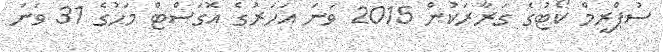
ސުޕްރީމް ކޯޓުގެ ގަރާރަކުން 2015 ވަނަ އަހަރުގެ އޮގަސްޓް މަހުގެ 31 ވަނަ